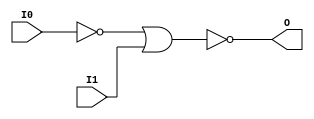
// $Header: /devl/xcs/repo/env/Databases/CAEInterfaces/verunilibs/data/uni9000/NOR2B1.v,v 1.4 2007/05/23 20:05:06 patrickp Exp $
///////////////////////////////////////////////////////////////////////////////
// Copyright (c) 1995/2004 Xilinx, Inc.
// All Right Reserved.
///////////////////////////////////////////////////////////////////////////////
//   ____  ____
//  /   /\/   /
// /___/  \  /    Vendor : Xilinx
// \   \   \/     Version : 7.1i (H.19)
//  \   \         Description : Xilinx Functional Simulation Library Component
//  /   /                  2-input NOR Gate
// /___/   /\     Filename : NOR2B1.v
// \   \  /  \    Timestamp : Thu Mar 25 16:42:05 PST 2004
//  \___\/\___\
//
// Revision:
//    03/23/04 - Initial version.
//    05/23/07 - Added wire declaration for internal signals.
//    05/23/07 - Changed timescale to 1 ps / 1 ps.

`timescale  1 ps / 1 ps

`celldefine

module NOR2B1 (O, I0, I1);


    output O;

    input  I0, I1;

    wire i0_inv;

    not N0 (i0_inv, I0);
    nor O1 (O, i0_inv, I1);

    specify
	(I0 *> O) = (0, 0);
	(I1 *> O) = (0, 0);
    endspecify

endmodule

`endcelldefine